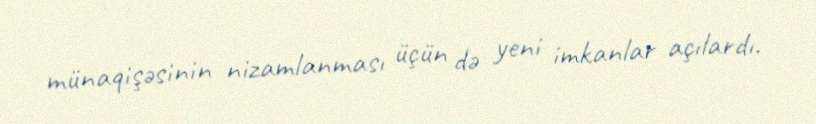
münaqişəsinin nizamlanması üçün də yeni imkanlar açılardı.